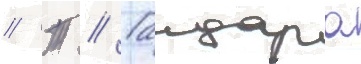
// Т // Гаидара